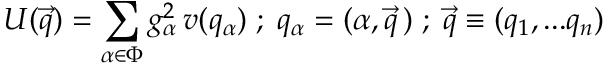
U ( \vec { q } ) = \sum _ { \alpha \in \Phi } g _ { \alpha } ^ { 2 } \, v ( q _ { \alpha } ) \; ; \; q _ { \alpha } = ( \alpha , \vec { q } \, ) \; ; \; \vec { q } \equiv ( q _ { 1 } , . . . q _ { n } )